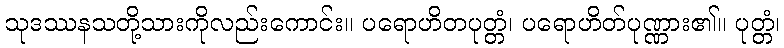
သုဒဿနသတို့သားကိုလည်းကောင်း။ ပရောဟိတပုတ္တံ၊ ပရောဟိတ်ပုဏ္ဏား၏။ ပုတ္တံ၊